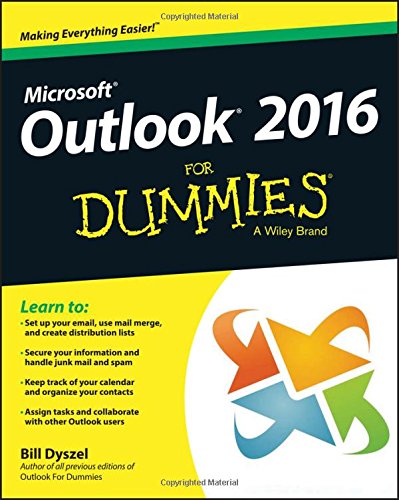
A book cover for Outlook 2016 For Dummies (Outlook for Dummies); Bill Dyszel; Computers & Technology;